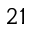
2 1